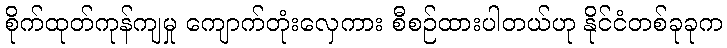
စိုက်ထုတ်ကုန်ကျမှု ကျောက်တုံးလှေကား စီစဉ်ထားပါတယ်ဟု နိုင်ငံတစ်ခုခုက